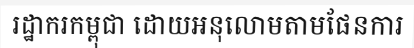
រដ្ឋាករកម្ពុជា ដោយអនុលោមតាមផែនការ